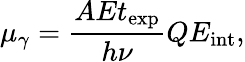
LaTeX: \mu_{\gamma}=\frac{AEt_{\mathrm{exp}}}{h\nu}QE_{\mathrm{int}},